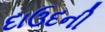
દાઉદની